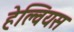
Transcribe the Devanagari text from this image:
हेल्वियस